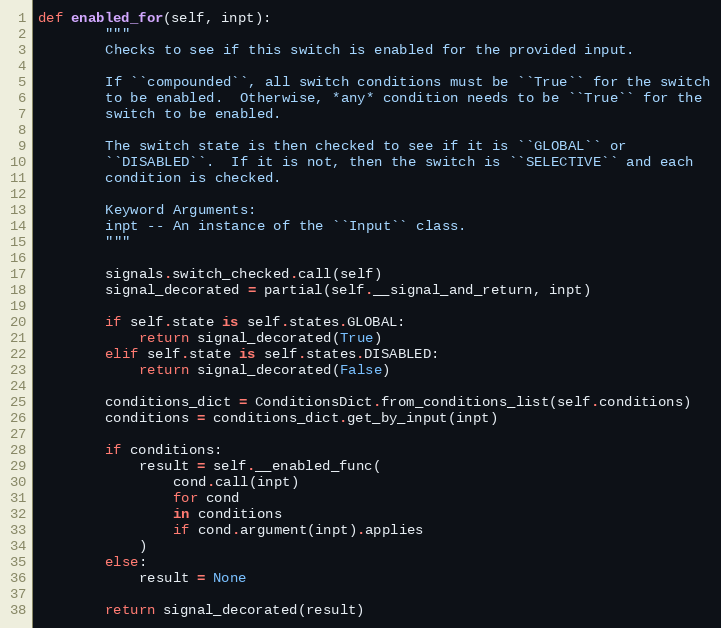
Language: Python
def enabled_for(self, inpt):
        """
        Checks to see if this switch is enabled for the provided input.

        If ``compounded``, all switch conditions must be ``True`` for the switch
        to be enabled.  Otherwise, *any* condition needs to be ``True`` for the
        switch to be enabled.

        The switch state is then checked to see if it is ``GLOBAL`` or
        ``DISABLED``.  If it is not, then the switch is ``SELECTIVE`` and each
        condition is checked.

        Keyword Arguments:
        inpt -- An instance of the ``Input`` class.
        """

        signals.switch_checked.call(self)
        signal_decorated = partial(self.__signal_and_return, inpt)

        if self.state is self.states.GLOBAL:
            return signal_decorated(True)
        elif self.state is self.states.DISABLED:
            return signal_decorated(False)

        conditions_dict = ConditionsDict.from_conditions_list(self.conditions)
        conditions = conditions_dict.get_by_input(inpt)

        if conditions:
            result = self.__enabled_func(
                cond.call(inpt)
                for cond
                in conditions
                if cond.argument(inpt).applies
            )
        else:
            result = None

        return signal_decorated(result)